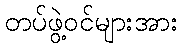
တပ်ဖွဲ့ဝင်များအား